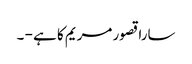
سارا قصور مریم کا ہے - ۔